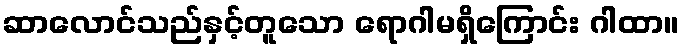
ဆာလောင်သည်နှင့်တူသော ရောဂါမရှိကြောင်း ဂါထာ။